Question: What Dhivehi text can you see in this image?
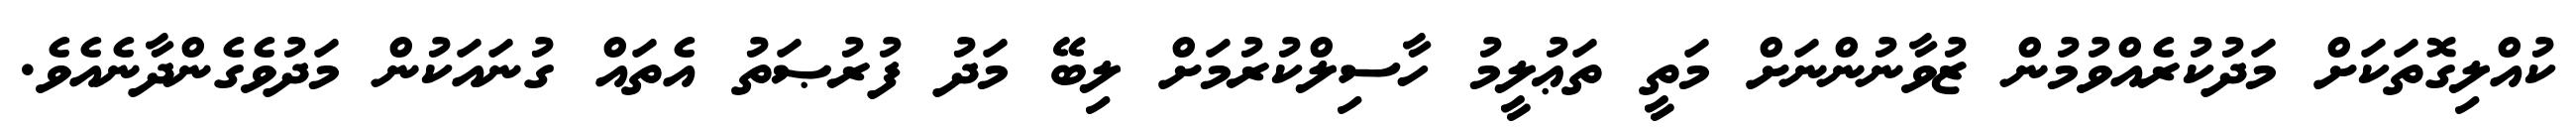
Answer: ކުއްލިގޮތަކަށް މަދުކުރެއްވުމުން ޒުވާނުންނަށް މަތީ ތަޢުލީމު ހާސިލްކުރުމަށް ލިބޭ މަދު ފުރުޞަތު އެތައް ގުނައަކުން މަދުވެގެންދާނެއެވެ.